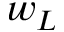
w _ { L }